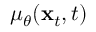
\mu _ { \theta } ( \mathbf { x } _ { t } , t )